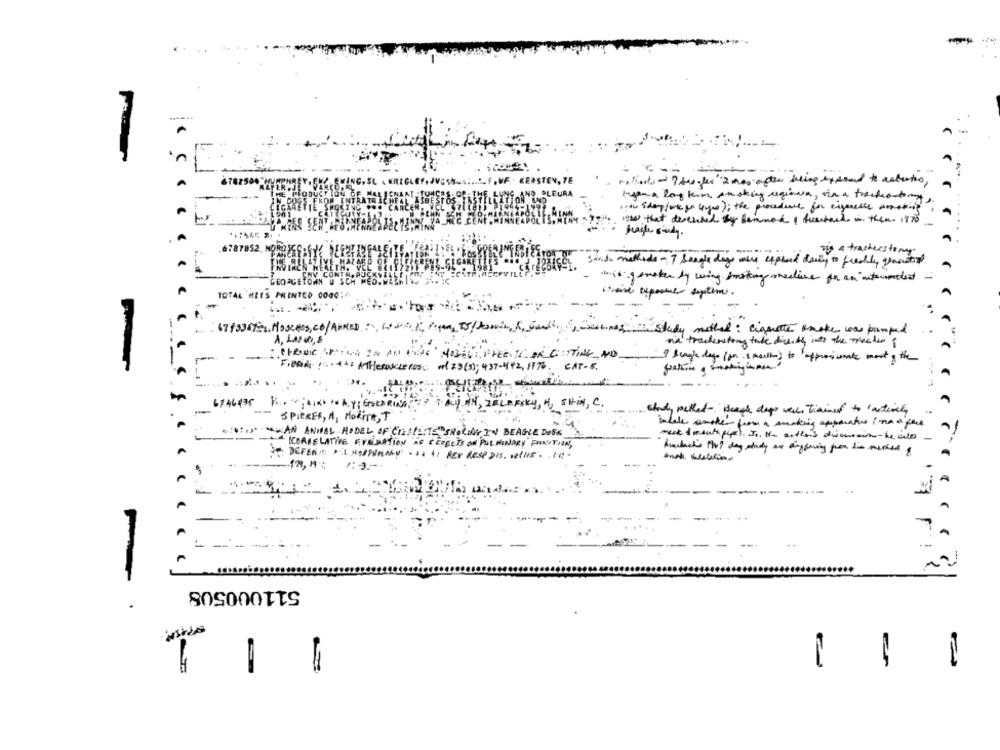
nations- Phes les"2 mas after being exposed to actaction,
regena long term smoking regiona, via a trackantony
·the Sideplank go lyge) ; the procedure for eigenesse mating
www that deveused by hemmed I furstar is then. 1 70
hagler soudy.
6787852. NO
as a tracheestony
State methods-7 beagle dags were expend daily to freddy grastor
CNV CONT
CEDACETOWN W SCH
Mit gemeten by wing smoking meclise for an intended
weise exposul septhm.
TOTAL MIES PRINTED 0000:4
-
6713367-1. MoseHos, CO/ANNEDOS, CONK, Pan, To/ min, , Garlic, study method: cigarette smoke was pumped
A, LAVORO, 8
na traderstory take directly into the Treeden I
-
MODEL: FREE TO OR CISTTING_ NO
I Beagle lago ion s mentes to approximate most of the
FIBRIde 1 ... + 4: ATHEROSCLEROSIS 101 23 (3); 437-442, 1176. CAT-5.
. ...
.....
6746435 R .... A.Y; GOLDRING? ? ? TALY NN, ZELFSKY, H, SHIN, C.
sky, H, SHIN, C.
shady methed- ideege days were, Trained to 'actively
SPIERER, A, MORITA, T
intele smoker from a smoking apparative i na a face
614 :... ">AN ANIMAL HODEL AF'CIALEITER"SRELINY IN BEAGLE DISK
--- CORRELATIVE EVRINATION AS DEFECTS ON PULMONARY PUNITION,
mest 1 month pipes. In the author's diemain-he als -
3. DEFENIT ""I HAPPENINGS · IS A: PEV RESPDIS, DERHIS. IN-
1:3 .-
-
-
511000508
1
-